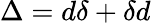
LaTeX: \Delta=d\delta+\delta d